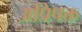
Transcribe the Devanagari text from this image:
अप्रिपक्त